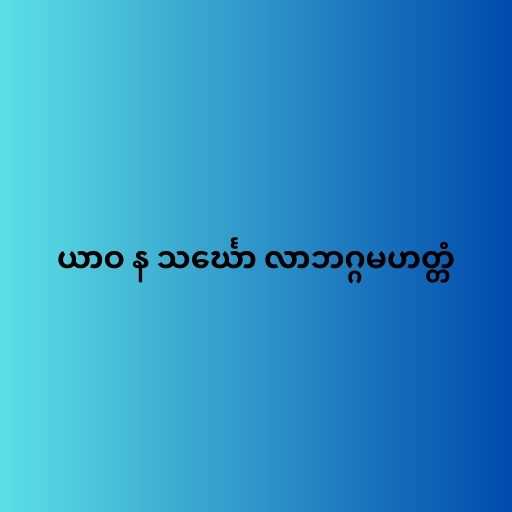
ယာဝ န သင်္ဃော လာဘဂ္ဂမဟတ္တံ